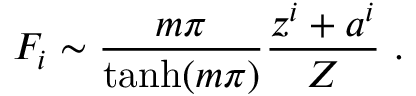
F _ { i } \sim \frac { m \pi } { \operatorname { t a n h } ( m \pi ) } \frac { z ^ { i } + a ^ { i } } { Z } \ .